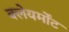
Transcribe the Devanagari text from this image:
क्लेयर्मोंट